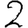
Digit: 2